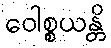
ဝေါစ္စယန္တိ